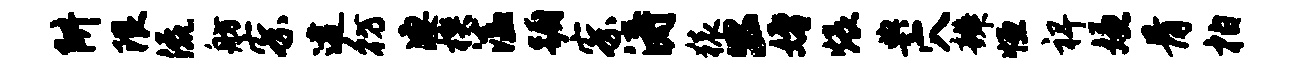
阱限流舫察逮彷凄楔溘蹰察涛猿公婚煨典穴辨恒裨嫌骨柏